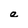
Character: e